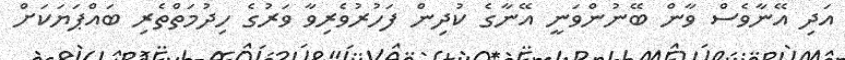
އަދި އޭނާވެސް ވާން ބޭނުންވަނީ އޭނާގެ ކުދިން ފަހުރުވެރިވާ ވަރުގެ ހިދުމަތްތެރި ބައްޕަޔަކަށް